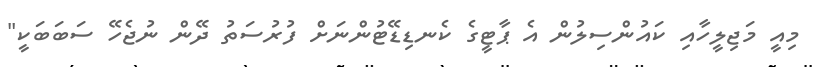
މިއީ މަޖިލީހާއި ކައުންސިލުން އެ ޕާޓީގެ ކެނޑިޑޭޓުންނަށް ފުރުސަތު ދޭން ނުޖެހޭ ސަބަބަކީ"